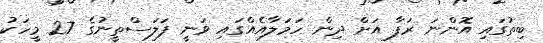
ބިތުގައި އޮންނަ ރަފާ އަށް ދިން ހަމަލާއެއްގައި ވަނީ ފަލަސްތީނުގެ 27 މީހަކު